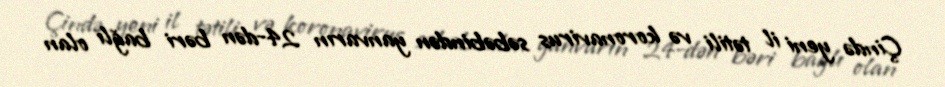
Çində yeni il tətili və koronavirus səbəbindən yanvarın 24-dən bəri bağlı olan